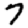
Digit: 7